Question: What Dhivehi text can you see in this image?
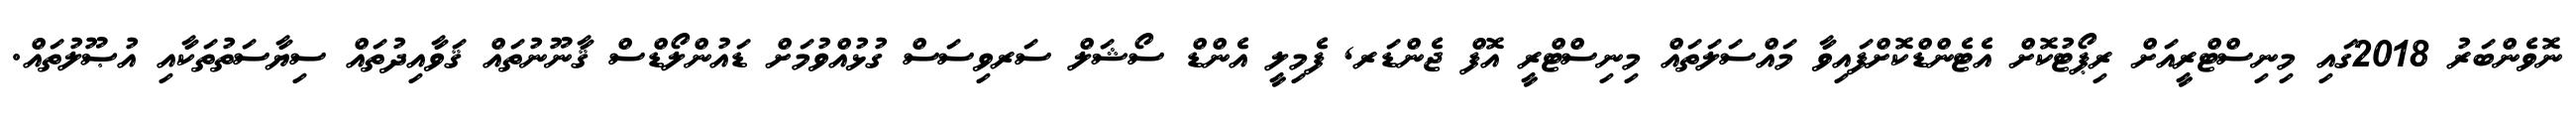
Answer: ނޮވެންބަރު 2018ގައި މިނިސްޓްރީއަށް ރިޕޯޓުކޮށް އެޓެންޑްކޮށްފައިވާ މައްސަލަތައް މިނިސްޓްރީ އޮފް ޖެންޑަރ, ފެމިލީ އެންޑް ސޯޝަލް ސަރވިސަސް ގުޅުއްވުމަށް ޑައުންލޯޑްސް ޤާނޫނުތައް ޤަވާއިދުތައް ސިޔާސަތުތަކާއި އުޞޫލުތައް.